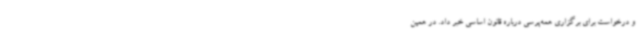
و درخواست برای برگزاری همه‌پرسی درباره قانون اساسی خبر داد. در همین